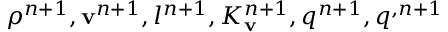
\rho ^ { n + 1 } , \mathbf v ^ { n + 1 } , l ^ { n + 1 } , K _ { \mathbf v } ^ { n + 1 } , q ^ { n + 1 } , q ^ { , n + 1 }